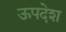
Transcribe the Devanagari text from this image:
ऊपदेश